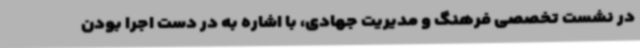
در نشست تخصصی فرهنگ و مدیریت جهادی، با اشاره به در دست اجرا بودن